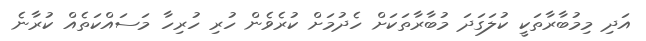
އަދި މިމުބާރާތަކީ ކުލަގަދަ މުބާރާތަކަށް ހެދުމަށް ކުރެވެން ހުރި ހުރިހާ މަސައްކަތެއް ކުރާނެ